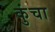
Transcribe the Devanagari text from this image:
कुंचा